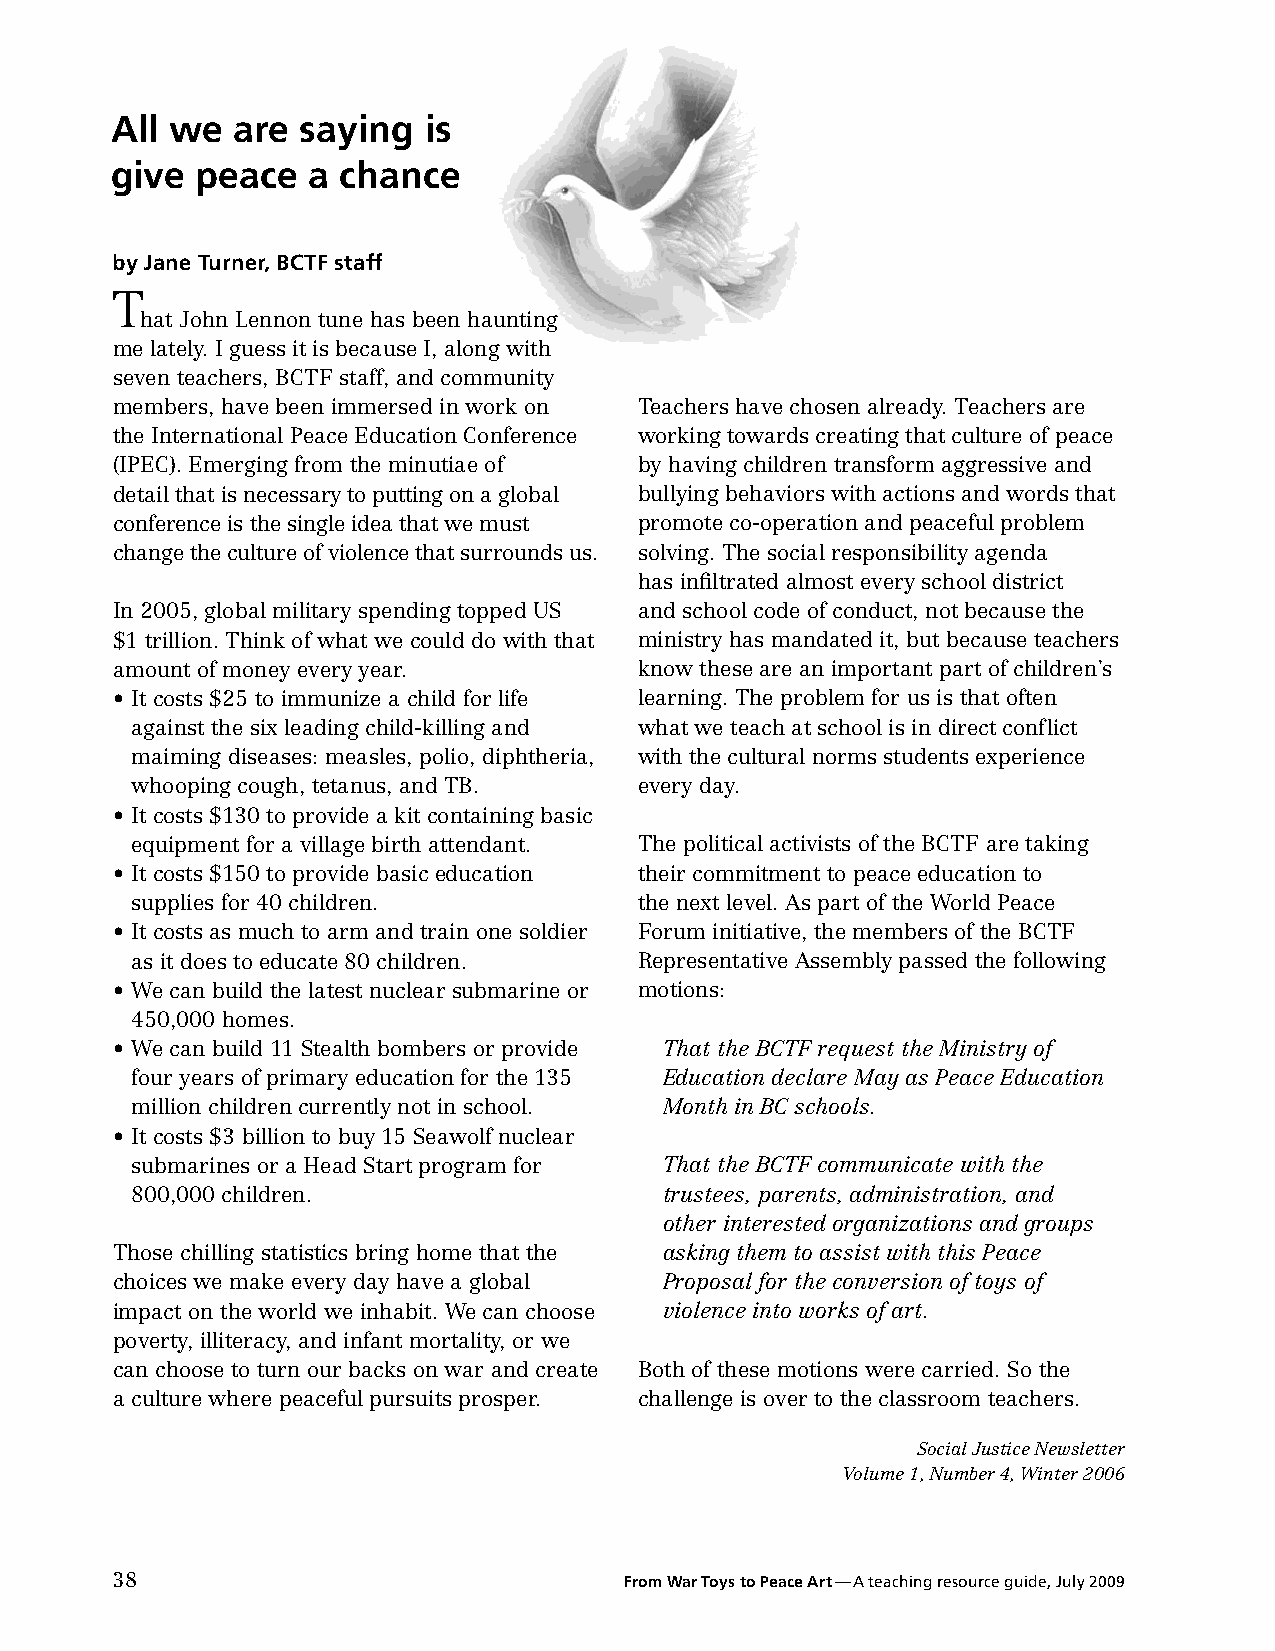
All we  are  saying  is
 give  peace  a  chance
 by Jane Turner, BCTF staff
 T
 hat John Lennon tune has been haunting
 me lately. I guess it is because I, along with
 seven teachers, BCTF staff, and community
 members, have been immersed in work on Teachers have chosen already. Teachers are
 the International Peace Education Conference working towards creating that culture of peace
 (IPEC). Emerging from the minutiae of by having children transform aggressive and
 detail that is necessary to putting on a global bullying behaviors with actions and words that
 conference is the single idea that we must promote co-operation and peaceful problem
 change the culture of violence that surrounds us. solving. The social responsibility agenda
 has infiltrated almost every school district
 In 2005, global military spending topped US and school code of conduct, not because the
 $1 trillion. Think of what we could do with that ministry has mandated it, but because teachers
 amount of money every year.        know these are an important part of children’s
 • It costs $25 to immunize a child for life learning. The problem for us is that often
 against the six leading child-killing and what we teach at school is in direct conflict
 maiming diseases: measles, polio, diphtheria, with the cultural norms students experience
 whooping cough, tetanus, and TB. every day.
 • It costs $130 to provide a kit containing basic
 equipment for a village birth attendant. The political activists of the BCTF are taking
 • It costs $150 to provide basic education their commitment to peace education to
 supplies for 40 children.        the next level. As part of the World Peace
 • It costs as much to arm and train one soldier Forum initiative, the members of the BCTF
 as it does to educate 80 children. Representative Assembly passed the following
 • We can build the latest nuclear submarine or motions:
 450,000 homes.
 • We can build 11 Stealth bombers or provide That the BCTF request the Ministry of
 four years of primary education for the 135 Education declare May as Peace Education
 million children currently not in school. Month in BC schools.
 • It costs $3 billion to buy 15 Seawolf nuclear
 submarines or a Head Start program for That the BCTF communicate with the
 800,000 children.                  trustees, parents, administration, and
 other interested organizations and groups
 Those chilling statistics bring home that the asking them to assist with this Peace
 choices we make every day have a global Proposal for the conversion of toys of
 impact on the world we inhabit. We can choose violence into works of art.
 poverty, illiteracy, and infant mortality, or we
 can choose to turn our backs on war and create Both of these motions were carried. So the
 a culture where peaceful pursuits prosper. challenge is over to the classroom teachers.
 Social Justice Newsletter
 Volume 1, Number 4, Winter 2006
 38                                From War Toys to Peace Art —A teaching resource guide, July 2009